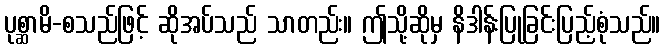
ပုစ္ဆာမိ-စသည်ဖြင့် ဆိုအပ်သည် သာတည်း။ ဤသို့ဆိုမှ နိဒါန်းပြုခြင်းပြည့်စုံသည်။